Leaving Certificate Examination (including Day School Certificate (Higher) General paper), 1926
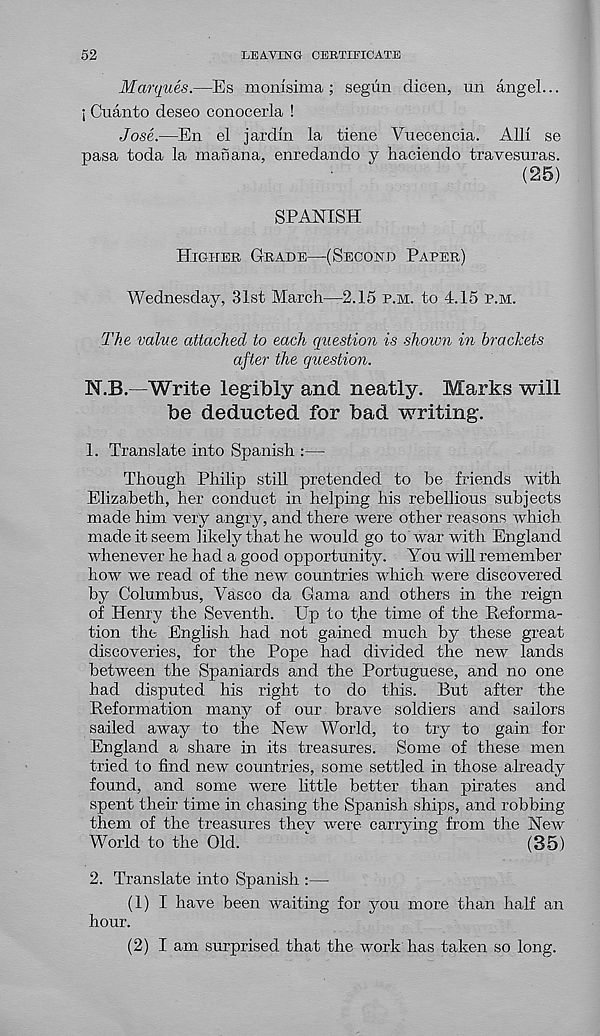
52
LEAVING CERTIFICATE
Marques.—Es monisima ; segun dicen, un angel...
; Cuanto deseo conocerla !
Jose.—En el jardm la tiene Vuecencia. All! se
pasa toda la man ana, enredando y haciendo travesuras.
(25)
SPANISH
Higher Grade—(Second Parer)
Wednesday, 31st March—2.15 p.m. to 4.15 p.m.
The value attached to each question is shown in brackets
after the question.
N.B.—Write legibly and neatly. Marks will
be deducted for bad writing.
1. Translate into Spanish :—
Though Philip still pretended to be friends with
Elizabeth, her conduct in helping his rebellious subjects
made him. very angry, and there were other reasons which
made it seem likely that he would go to war with England
whenever he had a good opportunity. You will remember
how we read of the new countries which were discovered
by Columbus, Vasco da Gama and others in the reign
of Henry the Seventh. Up to the time of the Reforma-
tion the English had not gained much by these great
discoveries, for the Pope had divided the new lands
between the Spaniards and the Portuguese, and no one
had disputed his right to do this. But after the
Reformation many of our brave soldiers and sailors
sailed away to the New World, to try to gain for
England a share in its treasures. Some of these men
tried to find new countries, some settled in those already
found, and some were little better than pirates and
spent their time in chasing the Spanish ships, and robbing
them of the treasures they were carrying from the New
World to the Old.
(35)
2. Translate into Spanish :—
(1) I have been waiting for you more than half an
hour.
(2) I am surprised that the work has taken so long.